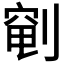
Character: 𫦐